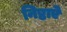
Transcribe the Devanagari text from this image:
निष्ठाऐ